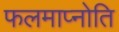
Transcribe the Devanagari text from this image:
फलमाप्नोति